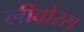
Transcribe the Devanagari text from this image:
लीवोरस